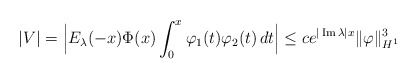
\begin{align*}|V|= \Big|E_\lambda(-x)\Phi(x)\int_0^x \varphi_1(t)\varphi_2(t)\,dt\Big|\leq c e^{|\operatorname{Im}\lambda|x}\|\varphi\|_{H^1}^3\end{align*}